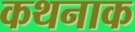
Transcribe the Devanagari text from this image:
कथनाक